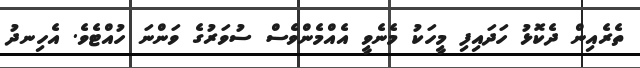
ތެރެއިން ދެކޮޅު ހަދައިފި މީހަކު މެނެވީ އެއްމެންވެސް ސުވަރުގެ ވަންނަ ހުއްޓެވެ. އެހިނދު